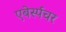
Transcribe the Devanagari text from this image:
एबेर्स्पचर